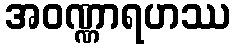
အဝဏ္ဏာရဟဿ